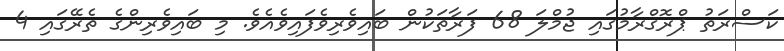
ކަސްރަތު ޕްރޮގްރާމުގައި ޖުމްލަ 68 ފަރާތަކުން ބައިވެރިވެފައިވެއެވެ. މި ބައިވެރިންގެ ތެރޭގައި 4